Report of the Municipal Commissioner on the plague in Bombay for the year ending 31st May... - Volume 1
Disease focus: Plague
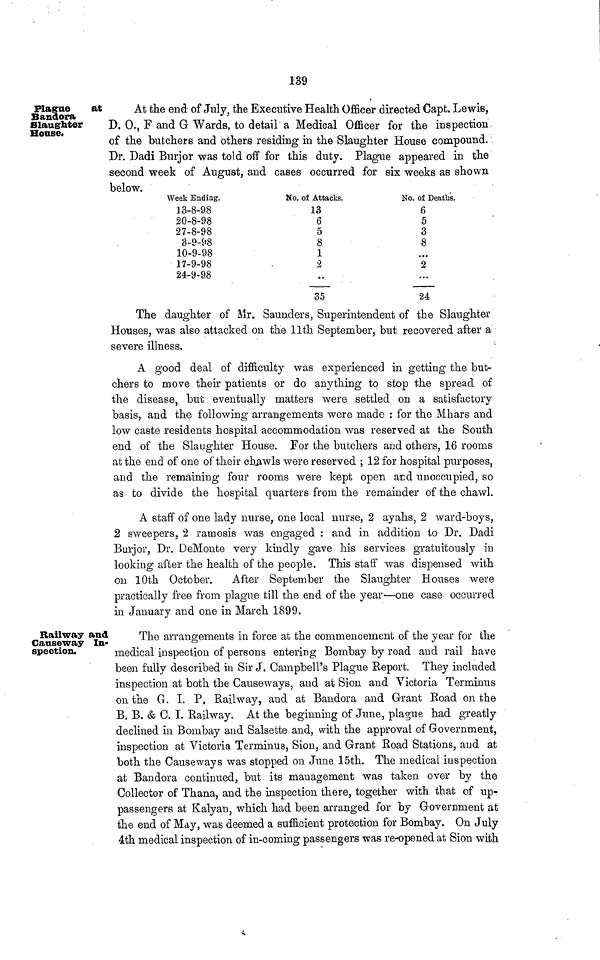
139
Plague
at
Bandora
Slaughter
House*
At the end of July, the Executive Health Officer directed Capt. Lewis,
D. O., F and G Wards, to detail a Medical Officer for the inspection
of the butchers and others residing in the Slaughter House compound.
Dr. Dadi Burjor was told off for this duty. Plague appeared in the
second week of August, and cases occurred for six weeks as shown
below.
Week Ending.
13-8-98
20-8-98
27-8-98
3-9-98
10-9-98
17-9-98
2a-9-98
No. of Attacks.
13
6
5
8
1
2
••
35
No. of Deaths.
6
5
3
8
2
...
24
The daughter of Mr. Saunders, Superintendent of the Slaughter
Houses, was also attacked on the 11th September, but recovered after a
severe illness.
A good deal of difficulty was experienced in getting the but-
chers to move their patients or do anything to stop the spread of
the disease, but eventually matters were settled on a satisfactory
basis, and the following arrangements were made : for the Mhars and
low caste residents hospital accommodation was reserved at the South
end of the Slaughter House. For the butchers and others, 16 rooms
at the end of one of their cliawls were reserved ; 12 for hospital purposes,
and the remaining four rooms were kept open and unoccupied, so
as to divide the hospital quarters from the remainder of the chawl.
A staff of one lady nurse, one local nurse, 2 ayahs, 2 ward-boys,
2 sweepers, 2 ramosis was engaged : and in addition to Dr. Dadi
Burjor, Dr. DeMonte very kindly gave his services gratuitously in
looking after the health of the people. This staff was dispensed with
ou 10th October. After September the Slaughter Houses were
practically free from plague till the end of the year—one case occurred
in January and one in March 1899.
Railway and
Cause-way In-
spection.
The arrangements in force at the commencement of the year for the
medical inspection of persons entering Bombay by road and rail have
been fully described in Sir J. Campbell's Plague Report. They included
inspection at both the Causeways, and at Sion and Victoria Terminus
on the G. I. P, Railway, and at Bandora and Grant Road on the
B. B. & C. I. Railway. At the beginning of June, plague had greatly
declined in Bombay and Salsette and, with the approval of Government,
inspection at Victoria Terminus, Sion, and Grant Road Stations, and at
both the Causeways was stopped on June 15th. The medical inspection
at Bandora continued, but its management was taken over by the
Collector of Thana, and the inspection there, together with that of up-
passengers at Kalyan, which had been arranged for by Government at
the end of May, was deemed a sufficient protection for Bombay. On July
4th medical inspection of in-coming passengers was re-opened at Sion with